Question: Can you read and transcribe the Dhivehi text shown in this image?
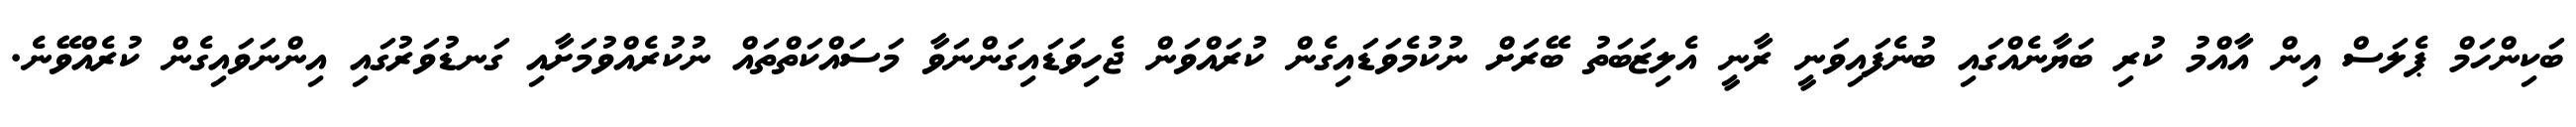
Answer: ބަކިންހަމް ޕެލަސް އިން އާއްމު ކުރި ބަޔާނެއްގައި ބުނެފައިވަނީ ރާނީ އެލިޒަބަތު ބޭރަށް ނުކުމެވަޑައިގެން ކުރައްވަން ޖެހިވަޑައިގަންނަވާ މަސައްކަތްތައް ނުކުރެއްވުމަށާއި ގަނޑުވަރުގައި އިންނަވައިގެން ކުރެއްވޭނެ.